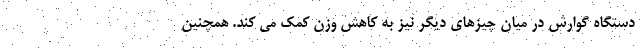
دستگاه گوارش در میان چیزهای دیگر نیز به کاهش وزن کمک می کند. همچنین